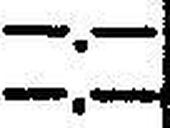
—.—